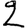
Digit: 2